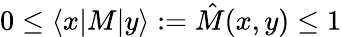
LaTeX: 0\le\langle x|M|y\rangle:=\hat{M}(x,y)\le 1